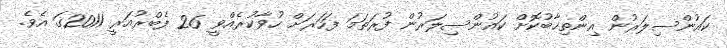
ކައުންސިލަރުން އިންތިޚާބުކޮށް ކައުންސިލަރުން ފުރަތަމަ ފަހަރަށް ހުވާކުރެއްވީ 26 ފެބްރުއަރީ 2011ގަ އެވެ.